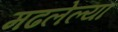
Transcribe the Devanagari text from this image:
मढलेल्या